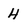
Character: H